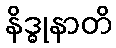
နိဒ္ဓုနာတိ